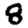
Digit: 8